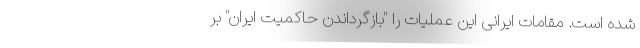
شده است. مقامات ایرانی این عملیات را "بازگرداندن حاکمیت ایران" بر